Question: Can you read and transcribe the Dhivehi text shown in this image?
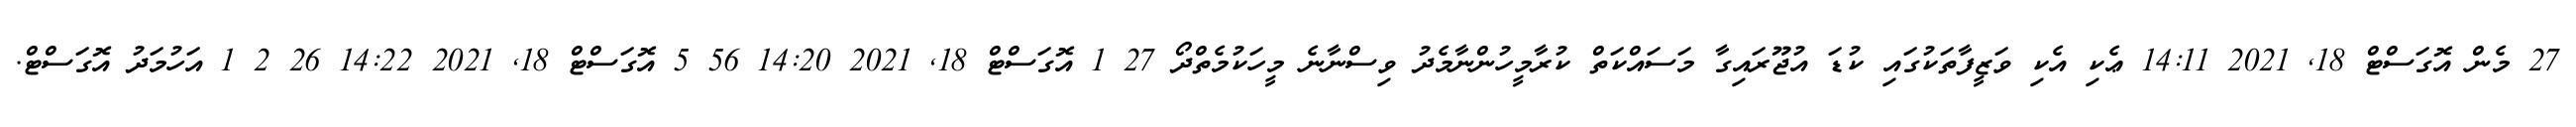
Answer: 27 މެން އޮގަސްޓް 18, 2021 14:11 ޢެކި އެކި ވަޒީފާތަކުގައި ކުޑަ އުޖޫރައިގާ މަސައްކަތް ކުރާމީހުންނާމެދު ވިސްނާނެ މީހަކުމެތްދޯ 27 1 އޮގަސްޓް 18, 2021 14:20 56 5 އޮގަސްޓް 18, 2021 14:22 26 2 1 އަހުމަދު އޮގަސްޓް.